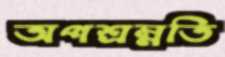
অপশ্রম্নতি